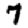
Digit: 7